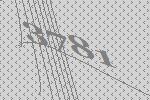
3781